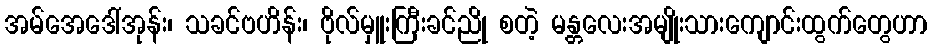
အမ်အေဒေါ်အုန်း၊ သခင်ဗဟိန်း၊ ဗိုလ်မှူးကြီးခင်ညို စတဲ့ မန္တလေးအမျိုးသားကျောင်းထွက်တွေဟာ